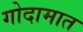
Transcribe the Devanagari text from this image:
गोदामात